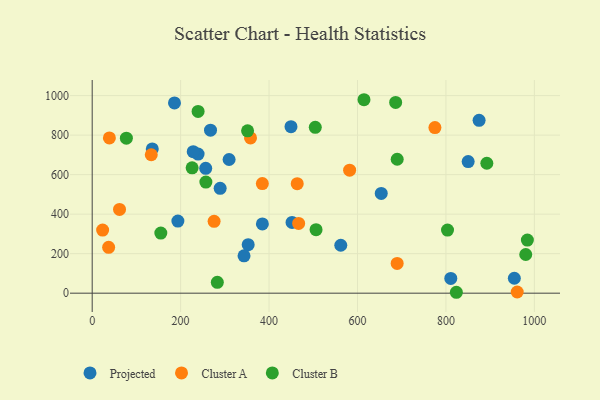
{"axis": {"x": "Experience", "y": "Yield"}, "legend": ["Cluster A", "Cluster B", "Projected"], "data": [{"x": "186.1", "y": 962.9, "type": "Projected"}, {"x": "352.8", "y": 245.6, "type": "Projected"}, {"x": "289.4", "y": 530.7, "type": "Projected"}, {"x": "653.7", "y": 505.0, "type": "Projected"}, {"x": "343.4", "y": 188.9, "type": "Projected"}, {"x": "954.7", "y": 75.6, "type": "Projected"}, {"x": "811.0", "y": 74.8, "type": "Projected"}, {"x": "239.5", "y": 704.0, "type": "Projected"}, {"x": "256.7", "y": 631.8, "type": "Projected"}, {"x": "267.6", "y": 825.2, "type": "Projected"}, {"x": "384.9", "y": 350.3, "type": "Projected"}, {"x": "309.6", "y": 676.7, "type": "Projected"}, {"x": "562.2", "y": 242.7, "type": "Projected"}, {"x": "135.9", "y": 730.0, "type": "Projected"}, {"x": "228.5", "y": 716.4, "type": "Projected"}, {"x": "850.3", "y": 666.1, "type": "Projected"}, {"x": "193.8", "y": 364.7, "type": "Projected"}, {"x": "875.0", "y": 874.8, "type": "Projected"}, {"x": "449.6", "y": 842.5, "type": "Projected"}, {"x": "452.0", "y": 358.0, "type": "Projected"}, {"x": "384.8", "y": 554.7, "type": "Cluster A"}, {"x": "23.6", "y": 319.5, "type": "Cluster A"}, {"x": "37.2", "y": 231.9, "type": "Cluster A"}, {"x": "582.2", "y": 622.6, "type": "Cluster A"}, {"x": "38.9", "y": 785.6, "type": "Cluster A"}, {"x": "133.6", "y": 700.6, "type": "Cluster A"}, {"x": "358.1", "y": 786.0, "type": "Cluster A"}, {"x": "466.9", "y": 353.2, "type": "Cluster A"}, {"x": "775.1", "y": 837.9, "type": "Cluster A"}, {"x": "463.7", "y": 554.0, "type": "Cluster A"}, {"x": "961.2", "y": 6.1, "type": "Cluster A"}, {"x": "689.7", "y": 150.4, "type": "Cluster A"}, {"x": "275.7", "y": 363.7, "type": "Cluster A"}, {"x": "61.8", "y": 424.1, "type": "Cluster A"}, {"x": "77.3", "y": 784.7, "type": "Cluster B"}, {"x": "823.6", "y": 4.6, "type": "Cluster B"}, {"x": "980.5", "y": 195.9, "type": "Cluster B"}, {"x": "239.5", "y": 920.0, "type": "Cluster B"}, {"x": "984.2", "y": 268.7, "type": "Cluster B"}, {"x": "283.0", "y": 55.2, "type": "Cluster B"}, {"x": "892.5", "y": 657.6, "type": "Cluster B"}, {"x": "226.0", "y": 634.6, "type": "Cluster B"}, {"x": "506.3", "y": 321.3, "type": "Cluster B"}, {"x": "686.3", "y": 965.5, "type": "Cluster B"}, {"x": "257.1", "y": 562.5, "type": "Cluster B"}, {"x": "614.7", "y": 979.1, "type": "Cluster B"}, {"x": "689.8", "y": 677.9, "type": "Cluster B"}, {"x": "803.6", "y": 319.2, "type": "Cluster B"}, {"x": "504.5", "y": 839.6, "type": "Cluster B"}, {"x": "351.4", "y": 821.5, "type": "Cluster B"}, {"x": "155.2", "y": 304.0, "type": "Cluster B"}]}